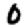
Digit: 0